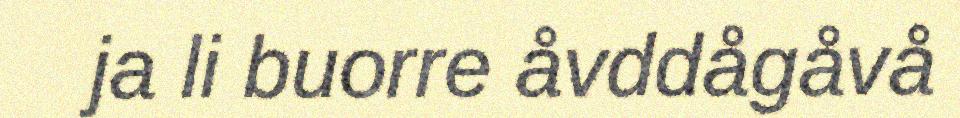
ja li buorre åvddågåvå